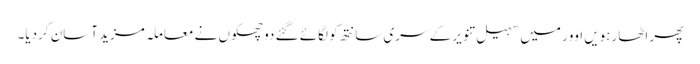
پھر اٹھارہویں اوور میں سہیل تنویر کے سری سانتھ کو لگائے گئے دو چھکوں نے معاملہ مزید آسان کردیا۔